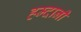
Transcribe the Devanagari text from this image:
हम्दानी